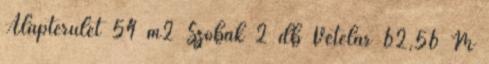
Alapterület 54 m2 Szobák 2 db Vételár 62,56 M